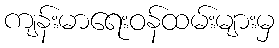
ကျန်းမာရေးဝန်ထမ်းများမှ